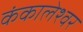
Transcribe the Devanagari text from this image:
कंकालेश्‍वर